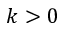
k > 0